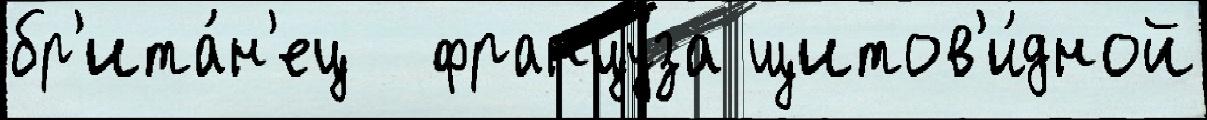
бр'ита́н'ец  францу́за щитов'и́дной